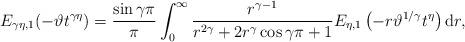
LaTeX: \begin{align*} E_{\gamma \eta, 1} (-\vartheta t^{\gamma \eta}) = \frac{\sin \gamma \pi}{\pi} \int_0^\infty \frac{r^{\gamma-1}}{r^{2\gamma}+2r^\gamma \cos \gamma \pi+1} E_{\eta,1} \left(-r \vartheta^{1/\gamma} t^\eta\right) \mathrm dr, \end{align*}